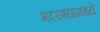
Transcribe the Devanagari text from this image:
मदरश्यामध्ये